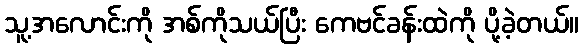
သူ့အလောင်းကို အစ်ကိုသယ်ပြီး ကေဗင်ခန်းထဲကို ပို့ခဲ့တယ်။